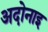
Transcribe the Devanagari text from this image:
अदोनाइ